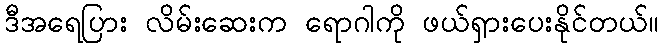
ဒီအရေပြား လိမ်းဆေးက ရောဂါကို ဖယ်ရှားပေးနိုင်တယ်။